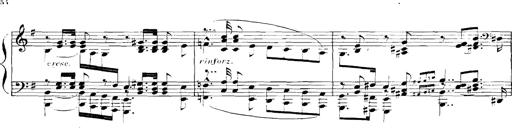
Title: Rhapsodies hongroises
Composer: Franz Liszt